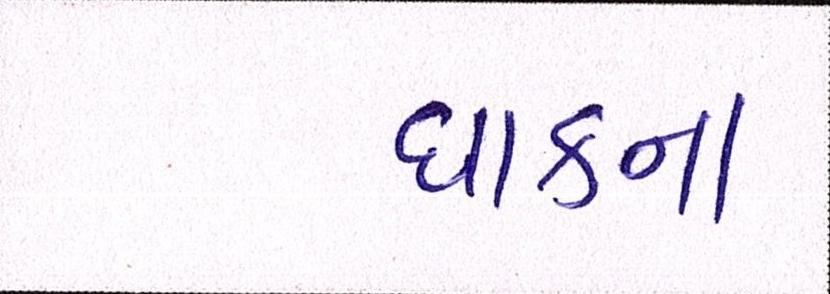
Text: ધાકના